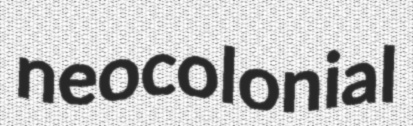
neocolonial